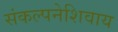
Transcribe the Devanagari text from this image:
संकल्पनेशिवाय